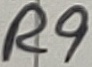
Text: R9